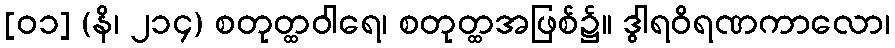
[၀၁] (နိ၊ ၂၁၄) စတုတ္ထဝါရေ၊ စတုတ္ထအဖြစ်၌။ ဒွါရဝိရဏကာလော၊